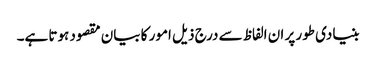
بنیادی طور پر ان الفاظ سے درج ذیل امور کا بیان مقصود ہوتا ہے۔